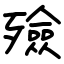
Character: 殮